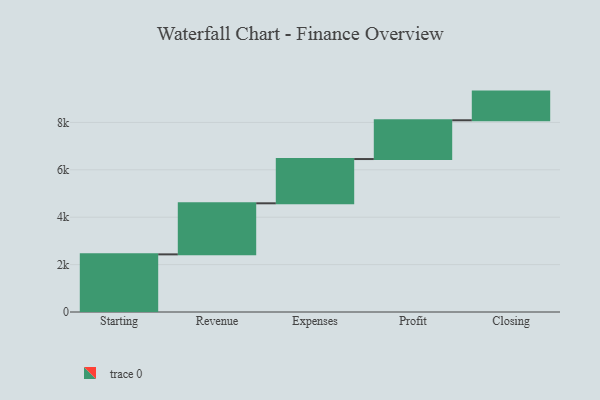
{"axis": {"x": "Step", "y": "Value"}, "legend": [""], "data": [{"x": "Starting", "y": 2432.0, "type": ""}, {"x": "Revenue", "y": 2155.0, "type": ""}, {"x": "Expenses", "y": 1868.0, "type": ""}, {"x": "Profit", "y": 1636.0, "type": ""}, {"x": "Closing", "y": 1210.0, "type": ""}]}